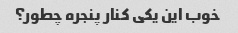
خوب این یکی کنار پنجره چطور؟